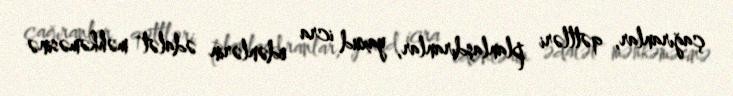
çağıranlar, qətlləri planlaşdıranlar, yaxud icra edənlərin ədalət məhkəməsinə